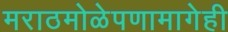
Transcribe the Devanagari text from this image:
मराठमोळेपणामागेही